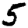
Digit: 5